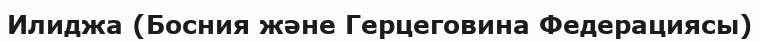
Илиджа (Босния және Герцеговина Федерациясы)